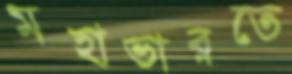
মহাভারতে